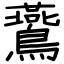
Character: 鷰